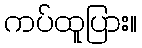
ကပ်ထူပြား။